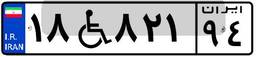
۷۶W۱۰۶۴۹